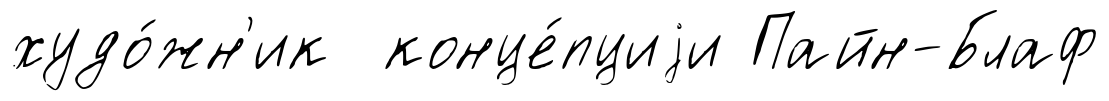
худо́жн'ик конце́пциjи Пайн-Блаф